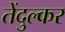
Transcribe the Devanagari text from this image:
तेंदुल्कर